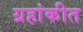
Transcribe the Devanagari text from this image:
ग्रहांकीत